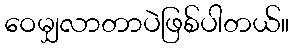
ဝေမျှလာတာပဲဖြစ်ပါတယ်။